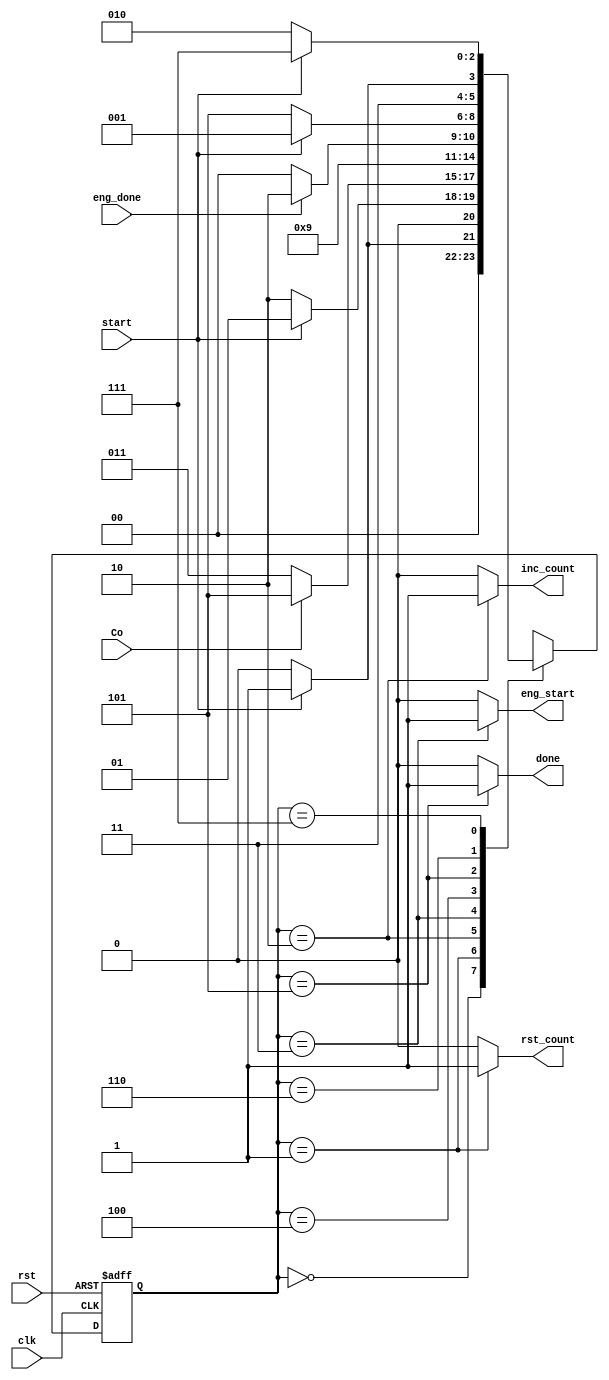
module Controller_Exp(input clk, rst, start, Co, eng_done,
		    output reg done, inc_count, rst_count, eng_start);

	reg [2:0] ps, ns;
	parameter [2:0]
	Idle = 0, Initialization = 1, Begin = 2, Exp_calc = 3, Done_Exp = 4, Done = 5, Waiting1 = 6, Waiting2 = 7;
	always@(ps, Co, start, eng_done)begin
		ns = Idle;
		case(ps)
			Idle:
				ns = (start) ? Initialization : Idle;
			Initialization:
				ns = (start) ? Initialization : Begin;
			Begin:
				ns = Co ? Done : Exp_calc;
			Exp_calc:
				ns = Done_Exp;
			Done_Exp:
				ns = eng_done ? Waiting1 : Done_Exp;
			Done:
				ns = start ? Initialization : Done;
			Waiting1:
			  ns = start ? Waiting2 : Waiting1;
			Waiting2:
			  ns = start ? Waiting2 : Begin;
		endcase
	end

	always@(ps, Co, start, eng_done)begin
	done = 1'b0; rst_count = 1'b0; inc_count = 1'b0; eng_start = 1'b0; 
		case(ps)
			//Idle:
			//new_state:
			Initialization: begin
				rst_count = 1'b1;
			end
			Begin: begin
				inc_count = 1'b1;
			end
			Exp_calc: begin
				eng_start = 1'b1;
			end
			//Done_Exp:
			Done: begin
				done = 1'b1;
			end
		endcase
	end

	always@(posedge clk,posedge rst)begin
		if(rst == 1'b1)
			ps <= Idle;
		else
			ps <= ns;
	end
endmodule